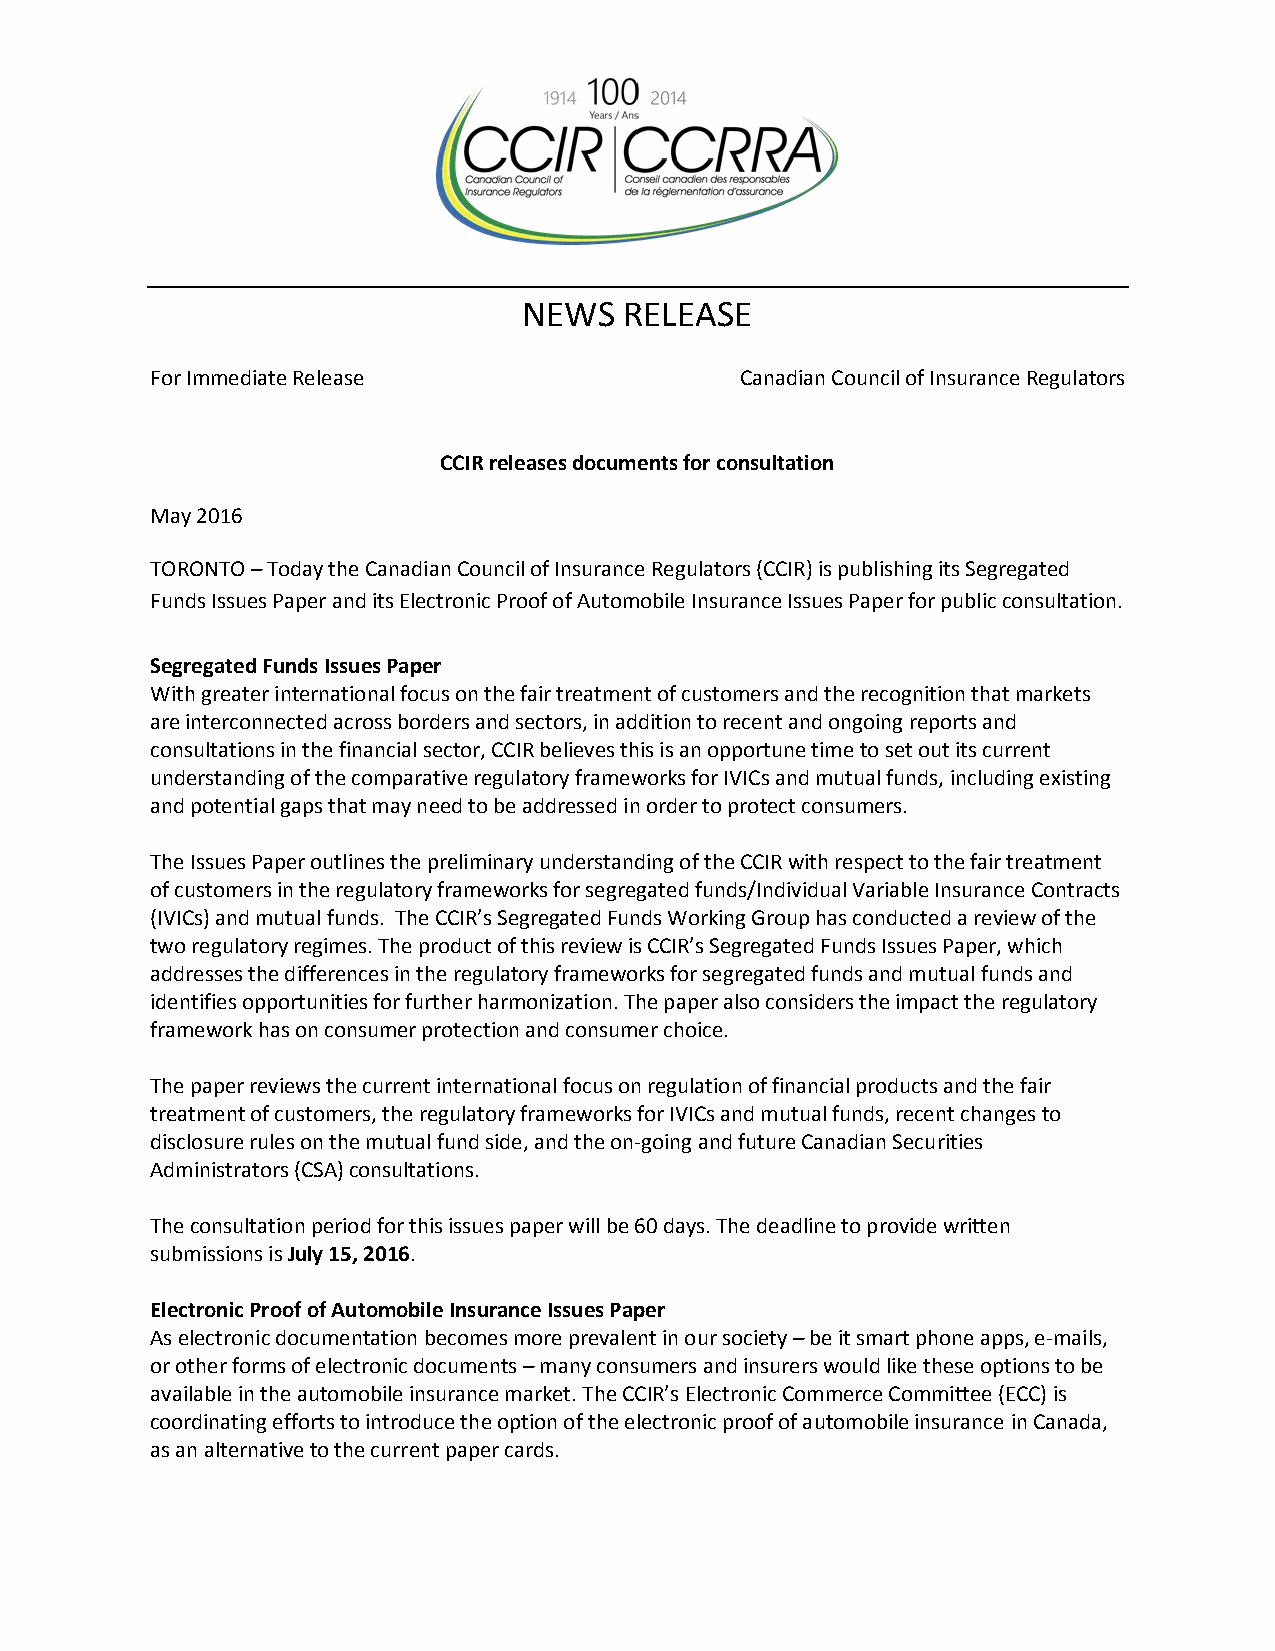
NEWS  RELEASE
 For Immediate Release                  Canadian Council of Insurance Regulators
 CCIR releases documents for consultation
 May 2016
 TORONTO – Today the Canadian Council of Insurance Regulators (CCIR) is publishing its Segregated
 Funds Issues Paper and its Electronic Proof of Automobile Insurance Issues Paper for public consultation.
 Segregated Funds Issues Paper
 With greater international focus on the fair treatment of customers and the recognition that markets
 are interconnected across borders and sectors, in addition to recent and ongoing reports and
 consultations in the financial sector, CCIR believes this is an opportune time to set out its current
 understanding of the comparative regulatory frameworks for IVICs and mutual funds, including existing
 and potential gaps that may need to be addressed in order to protect consumers.
 The Issues Paper outlines the preliminary understanding of the CCIR with respect to the fair treatment
 of customers in the regulatory frameworks for segregated funds/Individual Variable Insurance Contracts
 (IVICs) and mutual funds. The CCIR’s Segregated Funds Working Group has conducted a review of the
 two regulatory regimes. The product of this review is CCIR’s Segregated Funds Issues Paper, which
 addresses the differences in the regulatory frameworks for segregated funds and mutual funds and
 identifies opportunities for further harmonization. The paper also considers the impact the regulatory
 framework has on consumer protection and consumer choice.
 The paper reviews the current international focus on regulation of financial products and the fair
 treatment of customers, the regulatory frameworks for IVICs and mutual funds, recent changes to
 disclosure rules on the mutual fund side, and the on-going and future Canadian Securities
 Administrators (CSA) consultations.
 The consultation period for this issues paper will be 60 days. The deadline to provide written
 submissions is July 15, 2016.
 Electronic Proof of Automobile Insurance Issues Paper
 As electronic documentation becomes more prevalent in our society – be it smart phone apps, e-mails,
 or other forms of electronic documents – many consumers and insurers would like these options to be
 available in the automobile insurance market. The CCIR’s Electronic Commerce Committee (ECC) is
 coordinating efforts to introduce the option of the electronic proof of automobile insurance in Canada,
 as an alternative to the current paper cards.